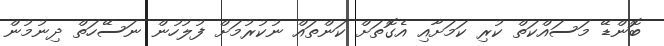
ބޮންޑޭ މަސައްކަތް ކުރި ކަމަށާއި އެގޮތަށް ކަންތައް ނުކުރުމަށް ފުލުހުން ނަސޭހަތް ދިނުމުން